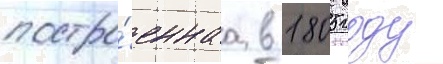
постро́еннаа в 1805 году